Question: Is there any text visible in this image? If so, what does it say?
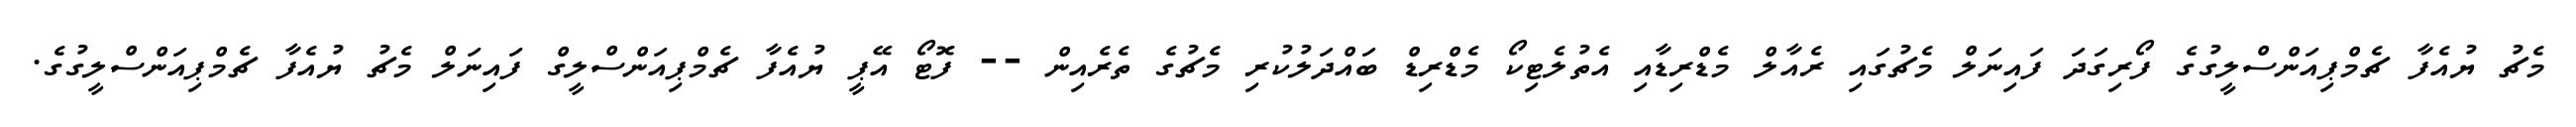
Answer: މެޗު ޔުއެފާ ޗެމްޕިއަންސްލީގުގެ ފޯރިގަދަ ފައިނަލް މެޗުގައި ރެއާލް މެޑްރިޑާއި އެތުލެޓިކޯ މެޑްރިޑް ބައްދަލުކުރި މެޗުގެ ތެރެއިން -- ފޮޓޯ އޭޕީ ޔުއެފާ ޗެމްޕިއަންސްލީގް ފައިނަލް މެޗު ޔުއެފާ ޗެމްޕިއަންސްލީގުގެ.